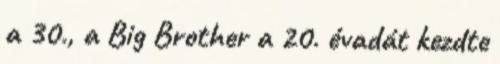
a 30., a Big Brother a 20. évadát kezdte